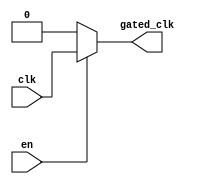
module ClockGatingBuffer (
    input wire clk,      // Main clock signal
    input wire en,       // Enable signal
    output reg gated_clk  // Gated clock output
);

// Always block to implement clock gating logic
always @* begin
    if (en) begin
        gated_clk = clk; // When enabled, pass the input clock to the output
    end else begin
        gated_clk = 1'b0; // When disabled, hold output clock low
    end
end

endmodule